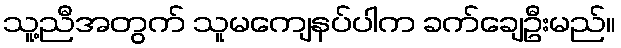
သူ့ညီအတွက် သူမကျေနပ်ပါက ခက်ချေဦးမည်။